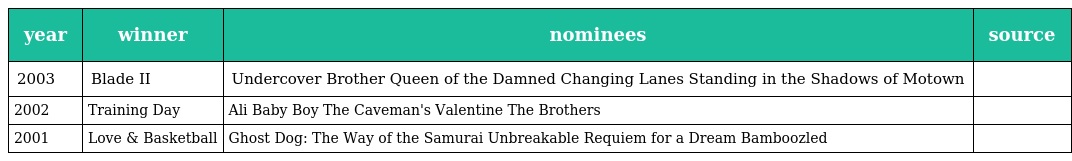
| year | winner | nominees | source |
 | --- | --- | --- | --- |
 | 2003 | Blade II | Undercover Brother Queen of the Damned Changing Lanes Standing in the Shadows of Motown |  |
 | 2002 | Training Day | Ali Baby Boy The Caveman's Valentine The Brothers |  |
 | 2001 | Love & Basketball | Ghost Dog: The Way of the Samurai Unbreakable Requiem for a Dream Bamboozled |  |